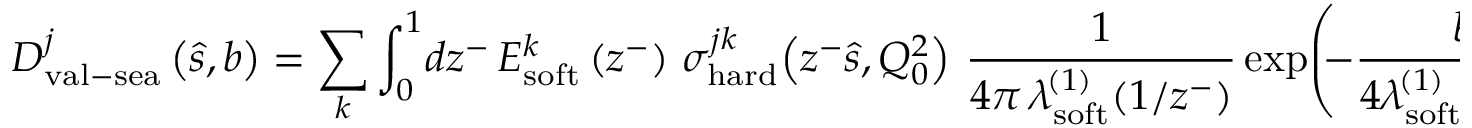
D _ { \mathrm { v a l } - \mathrm { s e a } } ^ { j } \left( \hat { s } , b \right) = \sum _ { k } \int _ { 0 } ^ { 1 } \! d z ^ { - } \, E _ { \mathrm { s o f t } } ^ { k } \left( z ^ { - } \right) \, \sigma _ { \mathrm { h a r d } } ^ { j k } \! \left( z ^ { - } \hat { s } , Q _ { 0 } ^ { 2 } \right) \, \frac { 1 } { 4 \pi \, \lambda _ { \mathrm { s o f t } } ^ { \! ( 1 ) } ( 1 / z ^ { - } ) } \exp \! \left( \! \! - \frac { b ^ { 2 } } { 4 \lambda _ { \mathrm { s o f t } } ^ { \! ( 1 ) } \! \left( 1 / z ^ { - } \right) } \right)